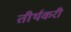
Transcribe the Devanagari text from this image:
तीर्थकरी